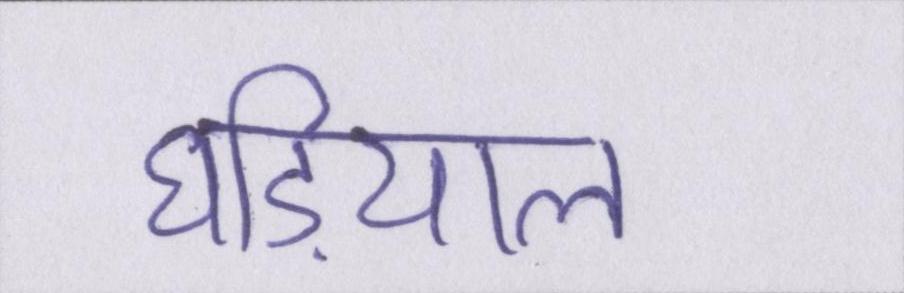
घडि़याल